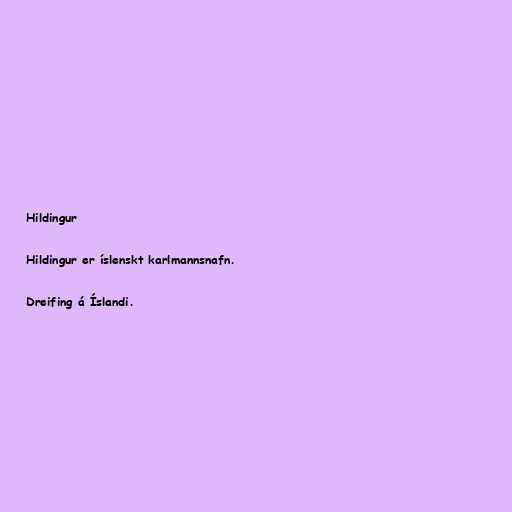
Hildingur

Hildingur er íslenskt karlmannsnafn.

Dreifing á Íslandi.